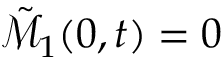
\tilde { \mathcal { M } } _ { 1 } ( 0 , t ) = 0